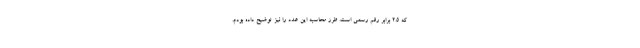
که ۲.۵ برابر رقم رسمی است. طرز محاسبه این عدد را نیز توضیح داده بودم.